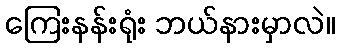
ကြေးနန်းရုံး ဘယ်နားမှာလဲ။